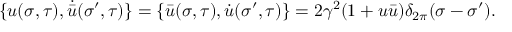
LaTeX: \{ u ( \sigma , \tau ) , \dot { \bar { u } } ( \sigma ^ { \prime } , \tau ) \} = \{ \bar { u } ( \sigma , \tau ) , \dot { u } ( \sigma ^ { \prime } , \tau ) \} = 2 \gamma ^ { 2 } ( 1 + u \bar { u } ) \delta _ { 2 \pi } ( \sigma - \sigma ^ { \prime } ) .